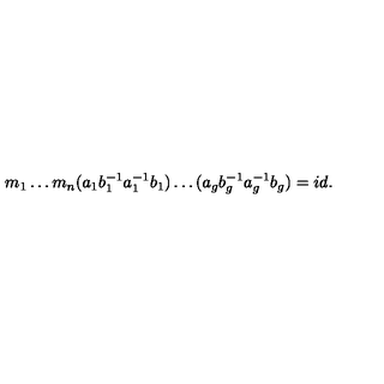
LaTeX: m _ { 1 } \ldots m _ { n } ( a _ { 1 } b _ { 1 } ^ { - 1 } a _ { 1 } ^ { - 1 } b _ { 1 } ) \ldots ( a _ { g } b _ { g } ^ { - 1 } a _ { g } ^ { - 1 } b _ { g } ) = i d .